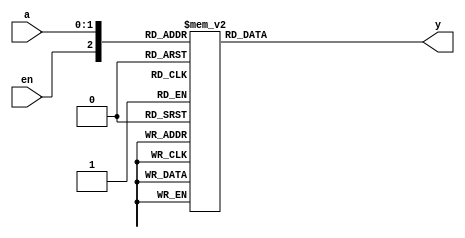
module decoder_2_4
    (
        input wire [1:0] a,
        input wire en,

        output reg [3:0] y
    );

    always @(*) 
    begin
        case({en, a})
            3'b000, 3'b001, 3'b010, 3'b011: y = 4'b0000;
            3'b100: y = 4'b0001;
            3'b101: y = 4'b0010;
            3'b110: y = 4'b0100;
            3'b111: y = 4'b1000;    // Podria ser default
        endcase
    end

endmodule